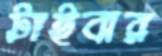
টাইবার